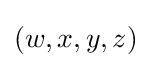
(w,x,y,z)